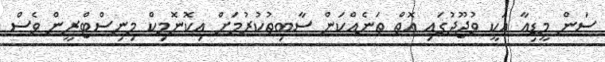
ސަން މީޑިއާ އަކީ ވުޖޫދުގައި އޮތް ތަނެއްކަން ސާބިތުކުރުމަށް އިކޮނޮމިކް މިނިސްޓްރީން ވެސް